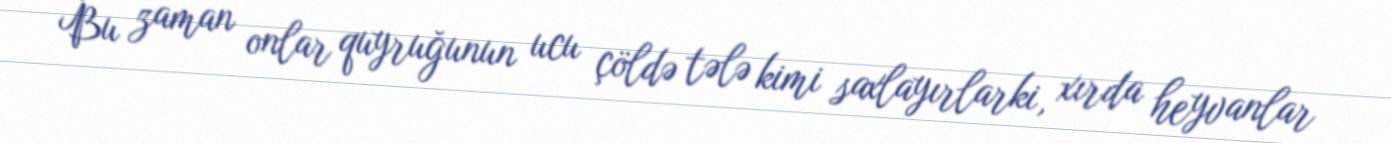
Bu zaman onlar quyruğunun ucu çöldə tələ kimi saxlayırlarki, xırda heyvanlar